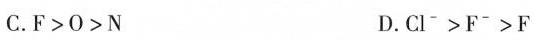
C.$$\mathrm { F } > \mathrm { O } > \mathrm { N }$$ D.$$\mathrm { C l } ^ { - } > \mathrm { F } ^ { - } > \mathrm { F }$$